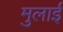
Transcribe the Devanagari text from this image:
मुलाई